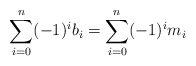
\begin{align*}\sum_{i=0}^n (-1)^i b_i = \sum_{i=0}^n (-1)^i m_i\end{align*}